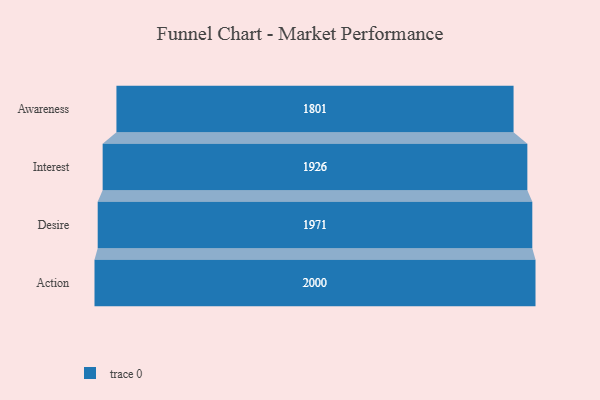
{"axis": {"x": "Stage", "y": "Value"}, "legend": [""], "data": [{"x": "Awareness", "y": 1801.0, "type": ""}, {"x": "Interest", "y": 1926.0, "type": ""}, {"x": "Desire", "y": 1971.0, "type": ""}, {"x": "Action", "y": 2000, "type": ""}]}